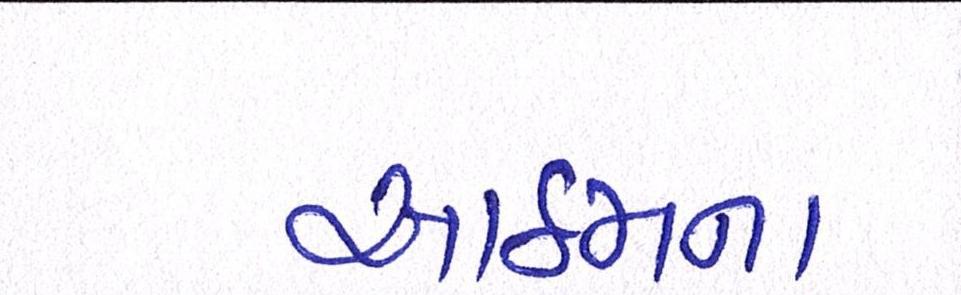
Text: આઠમના